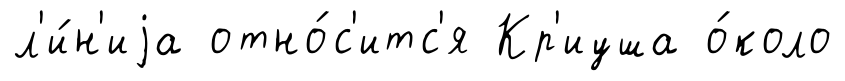
л'и́н'иjа отно́с'итс'я Кр'иуша о́коло